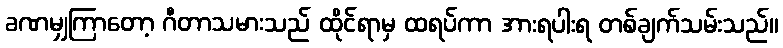
ခဏမျှကြာတော့ ဂီတာသမားသည် ထိုင်ရာမှ ထရပ်ကာ အားရပါးရ တစ်ချက်သမ်းသည်။